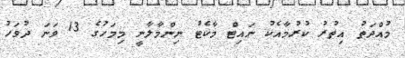
މުއްދަތު އިތުރު ކުރުމާއެކު ނައިޓް މާކެޓު ނިންމާލާނީ މިމަހުގެ 13 ވަނަ ދުވަހު